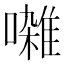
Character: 𫝜